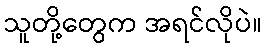
သူတို့တွေက အရင်လိုပဲ။